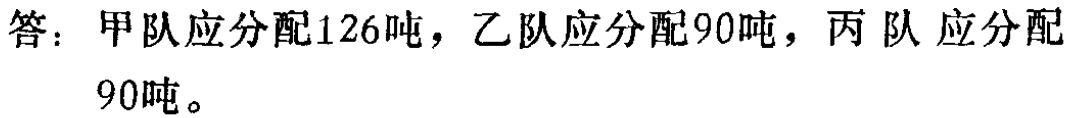
答：甲队应分配126吨，乙队应分配90吨，丙队应分配90吨。